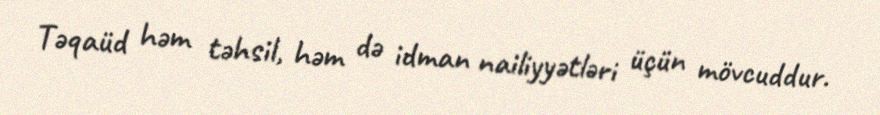
Təqaüd həm təhsil, həm də idman nailiyyətləri üçün mövcuddur.